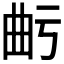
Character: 𭨙